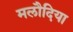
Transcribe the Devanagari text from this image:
मलौदिया